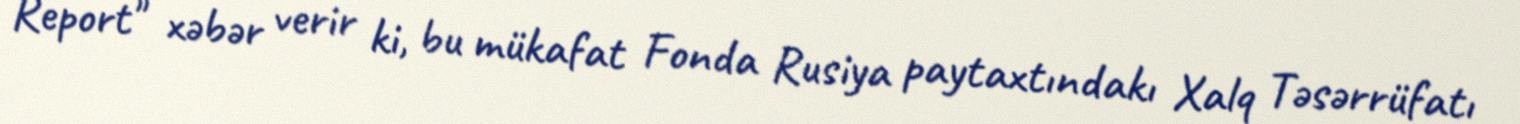
Report" xəbər verir ki, bu mükafat Fonda Rusiya paytaxtındakı Xalq Təsərrüfatı